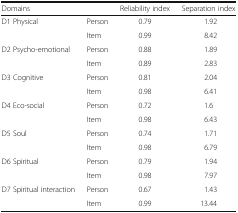
| Domains |  | Reliability index | Separation index |
 | --- | --- | --- | --- |
 | <ROWSPAN=2> D1 Physical | Person | 0.79 | 1.92 |
 | Item | 0.99 | 8.42 |
 | <ROWSPAN=2> D2 Psycho-emotional | Person | 0.88 | 1.89 |
 | Item | 0.89 | 2.83 |
 | <ROWSPAN=2> D3 Cognitive | Person | 0.81 | 2.04 |
 | Item | 0.98 | 6.41 |
 | <ROWSPAN=2> D4 Eco-social | Person | 0.72 | 1.6 |
 | Item | 0.98 | 6.43 |
 | <ROWSPAN=2> D5 Soul | Person | 0.74 | 1.71 |
 | Item | 0.98 | 6.79 |
 | <ROWSPAN=2> D6 Spiritual | Person | 0.79 | 1.94 |
 | Item | 0.98 | 7.97 |
 | <ROWSPAN=2> D7 Spiritual interaction | Person | 0.67 | 1.43 |
 | Item | 0.99 | 13.44 |